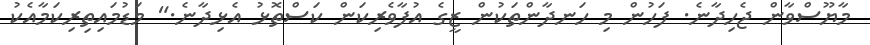
މާޔޫސްވާން ޖެހިދާނެ. ފަހުން މި ހަނދާންތަކުން ޒީގެ އުފާވެރިކަން ކަސްތޮޅު އެޅިދާނެ." މަޑުމައިތިރިކަމާއެކު